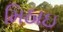
મિઠાઇ